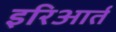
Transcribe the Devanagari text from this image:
इरिआर्त